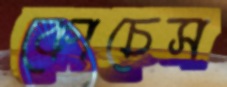
কোচেস